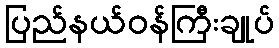
ပြည်နယ်ဝန်ကြီးချုပ်